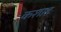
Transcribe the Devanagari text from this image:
कशाह